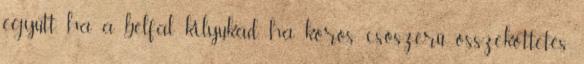
együtt, ha a bélfal kilyukad, ha kóros, csőszerű összeköttetés